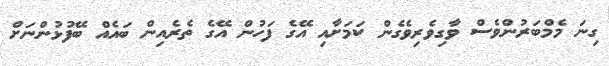
ގިނަ މެމްބަރުންވެސް ވާގިވެރިވެގެން ކަމަށާއި އޭގެ ފަހުން އޭގެ ތެރެއިން ބައެއް ބޭފުޅުންނަށް